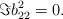
LaTeX: \begin{align*}\Im b_{22}^2=0.\end{align*}